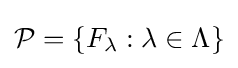
{\mathcal {P}}=\{F_{\lambda }:\lambda \in \Lambda \}